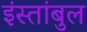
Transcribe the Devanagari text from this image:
इंस्तांबुल